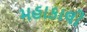
મહાકાલી